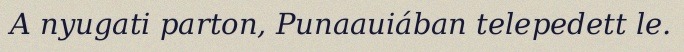
A nyugati parton, Punaauiában telepedett le.